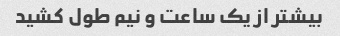
بیشتر از یک ساعت و نیم طول کشید